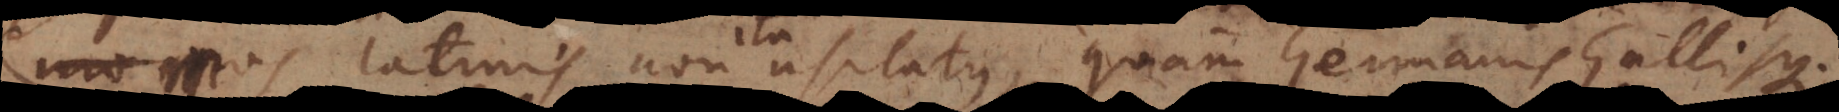
mos Latinis non ita usitatus, quam Germanis Gallisque.